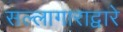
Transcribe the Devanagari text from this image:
सल्लागाराद्वारे